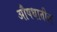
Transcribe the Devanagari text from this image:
औषधातील